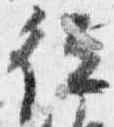
従